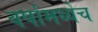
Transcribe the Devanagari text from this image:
वर्षामध्येच